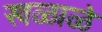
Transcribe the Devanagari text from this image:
खळाळे